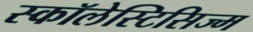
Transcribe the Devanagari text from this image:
स्कॉलेस्टिसिज्म